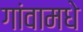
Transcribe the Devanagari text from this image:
गांवामधे